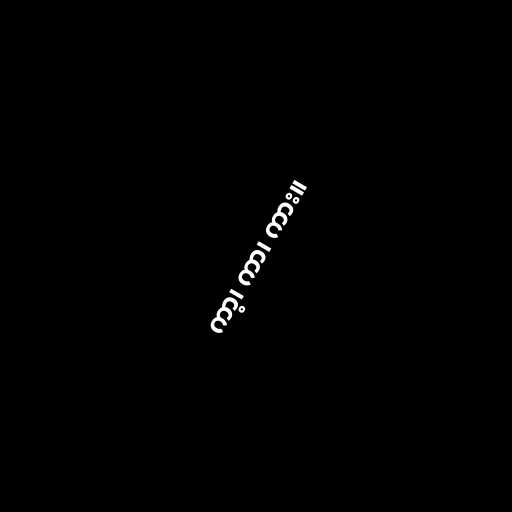
ကာ့၊ ကာ၊ ကား။